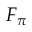
F _ { \pi }